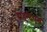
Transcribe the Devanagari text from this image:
राइटिएस